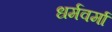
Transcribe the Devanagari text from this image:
धर्मवर्मा